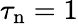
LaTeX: \tau_{\mathrm{n}}=1